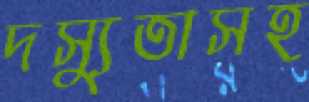
দস্যুতাসহ